Medical and sanitary report of the native army of Madras for the year
Year: 1877
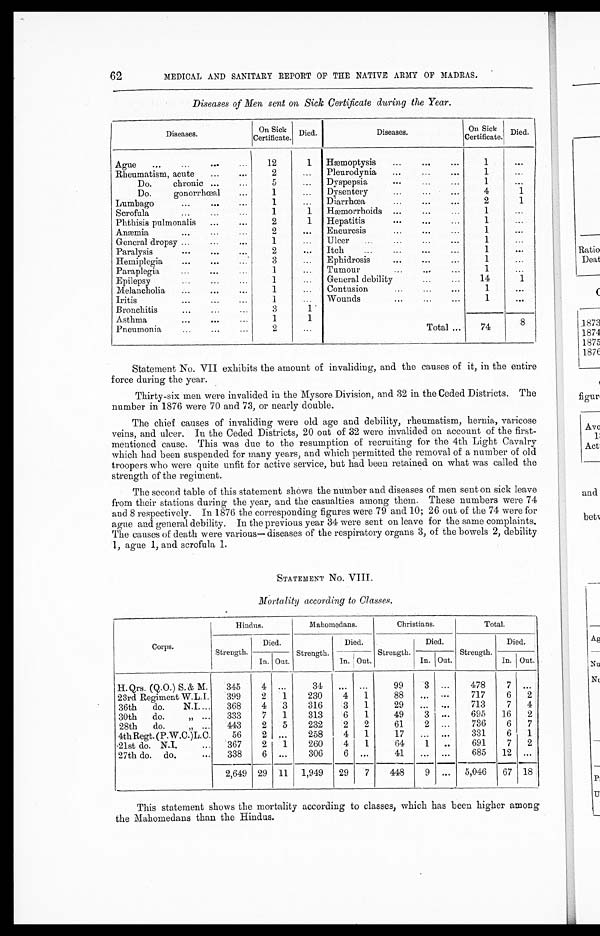
62
MEDICAL AND SANITARY REPORT OF THE NATIVE ARMY OF MADRAS.
Diseases of Men sent on Sick Certificate during the Year.
Diseases.
On Sick
Certificate.
Died.
Diseases.
On Sick
Certificate.
Died.
Ague
... ... ...
...
12
1 Fæmoptysis
...
... ...
1
...
Rheumatism, acute
...
...
2
...
Pleurodynia
...
...
...
1
...
Do.
chronic
...
...
5
...
Dyspepsia
...
...
...
1
...
Do.
g o n o r r h œ a l
...
1
...
Dysentery
...
...
...
4
1
Lumbago
...
...
...
1
...
Diarrhœas
...
...
...
2
1
Scrofula
...
...
...
1
1 Hæmorrhoid ...
...
...
1
...
Phthisis pulmonalis
...
...
2
1
Hepatitis
...
...
...
1
...
Anæmi
...
...
...
2
...
Eneuresis
...
...
...
1
...
General dropsy ...
...
...
.
1
...
Ulcer
...
...
...
...
1
...
Paralysis
... ... ...
2
...
Itch...
...
...
...
1
...
Hemiplegia
...
...
. . .
3
...
Ephidrosis
...
...
...
1
...
Paraplegia
... ... ...
1
...
Tumour
...
...
...
1
...
Epilepsy
... ... ...
1
...
General debility
...
...
14
1
Melancholia
...
...
...
1
...
Contusion
...
...
...
1
...
Iritis
... ...
...
1
...
Wounds
...
...
...
1
...
Bronchiti
... ... ...
3
1
Asthma
...
... ...
1
1
8
Pneumonia
... ...
...
2
...
Total ...
74
Statement No. VII exhibits the amount of invaliding, and the causes of it, in the entire
force during the year.
Thirty-six men were invalided in the Mysore Division, and 32 in the Ceded Districts. The
number in 1876 were 70 and 73, or nearly double.
The chief causes of invaliding were old age and debility, rheumatism, hernia, varicose
veins, and ulcer. In the Ceded Districts, 20 out of 32 were invalided on account of the first-
mentioned cause. This was due to the resumption of recruiting for the 4th Light Cavalry
which had been suspended for many years, and which permitted the removal of a number of old
troopers who were quite unfit for active service, but had been retained on what was called the
strength of the regiment.
The second table of this statement shows the number and diseases of men sent on sick. leave
from their stations during the year, and the casualties among them. These numbers were 74
and 8 respectively. In 1876 the corresponding figures were 79 and 10; 26 out of the 74 were for
ague and general debility. In the previous year 34 were sent on leave for the same complaints.
The causes of death were various— diseases of the respiratory organs 3, of the bowels 2, debility
1, ague 1, and scrofula 1.
STATEMENT No. VIII.
Mortality according to Classes.
Corps.
Hindus.
Mahomedans.
Christians.
Total.
Strength.
Died.
Strength.
Died.
Strength.
Died.
Died.
In. Out.
In. Out.
In. Out.
Strength.
In. Out.
II. Qrs. (Q.O.) S. & M.
345
4 ...
34
... ...
99
3
...
478
7
...
23rd Regiment W.L.I.
399
2
1
230
4
1
88
...
...
717
6
2
36th
do.
N.I....
368
4
3
316
3
1
29
... ...
713
7 4
30th do. „ ... 333
7
1
313
6
1
49
3 ...
695
16
2
28th
do.
„ ...
443
2
5
232
2
2
61
2 ...
736
6
7
4th Regt. (P.W.C.)L. C.
56
2 ...
258
4 1
17
... ...
331
6
1
,21st do. N.I.
...
367
2
1
260
4
1
64
1
. .
691
7
2
27th do. do.
...
338
6 ...
306
6 ...
41
... ...
685
12 ...
2,649 29 11 1,949
29
7
448
9 ... 5,046
67
1 8
This statement shows the mortality according to classes, which has been higher among
the Mahoimedans than the Hindus.